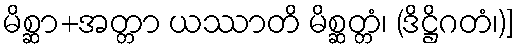
မိစ္ဆာ+အတ္တာ ယဿာတိ မိစ္ဆတ္တံ၊ (ဒိဋ္ဌိဂတံ၊)]